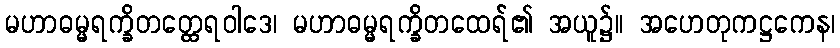
မဟာဓမ္မရက္ခိတတ္ထေရဝါဒေ၊ မဟာဓမ္မရက္ခိတထေရ်၏ အယူ၌။ အဟေတုကဋ္ဌကေန၊